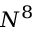
N ^ { 8 }